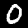
Digit: 0